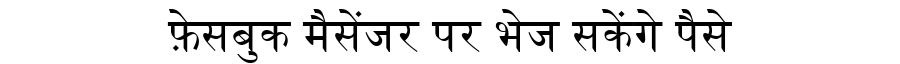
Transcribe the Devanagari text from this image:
फ़ेसबुक मैसेंजर पर भेज सकेंगे पैसे